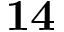
\mathbf { 1 4 }